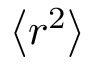
\left< r ^ { 2 } \right>